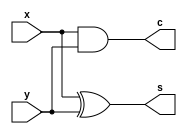
/*
   This file was generated automatically by Alchitry Labs version 1.2.1.
   Do not edit this file directly. Instead edit the original Lucid source.
   This is a temporary file and any changes made to it will be destroyed.
*/

module half_adder_17 (
    input x,
    input y,
    output reg s,
    output reg c
  );
  
  
  
  always @* begin
    s = x ^ y;
    c = x & y;
  end
endmodule